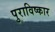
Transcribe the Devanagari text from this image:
पुराविष्कार